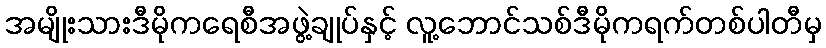
အမျိုးသားဒီမိုကရေစီအဖွဲ့ချုပ်နှင့် လူ့ဘောင်သစ်ဒီမိုကရက်တစ်ပါတီမှ